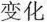
变化